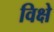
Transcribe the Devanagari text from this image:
विक्षे